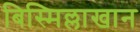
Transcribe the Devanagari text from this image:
बिस्मिल्लाखान